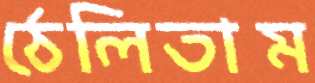
ঠেলিতাম